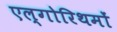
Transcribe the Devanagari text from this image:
एल्गोरिथमों